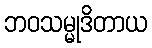
ဘဝသမ္မုဒိတာယ